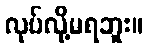
လုပ်လို့မရဘူး။